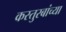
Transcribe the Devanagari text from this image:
कस्तुरबांच्या